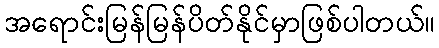
အရောင်းမြန်မြန်ပိတ်နိုင်မှာဖြစ်ပါတယ်။